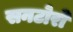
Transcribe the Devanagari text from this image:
सनटोरो